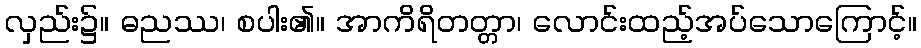
လှည်း၌။ ဓညဿ၊ စပါး၏။ အာကိရိတတ္တာ၊ လောင်းထည့်အပ်သောကြောင့်။